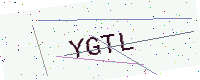
Text: YGTL